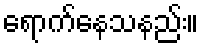
ရောက်နေသနည်း။